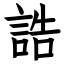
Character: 誥